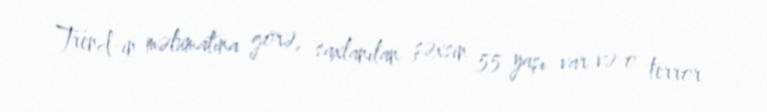
Trend-in məlumatına görə, saxlanılan şəxsin 55 yaşı var və o terror